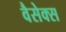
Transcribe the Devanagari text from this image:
वैसेक्स